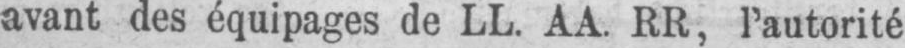
avant des équipages de LL. AA. RR, l’autorité